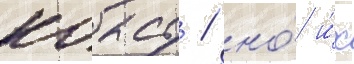
коасу / но́ и́х